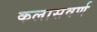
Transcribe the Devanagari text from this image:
कलासवर्ण